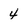
Character: 4